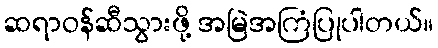
ဆရာဝန်ဆီသွားဖို့ အမြဲအကြံပြုပါတယ်။